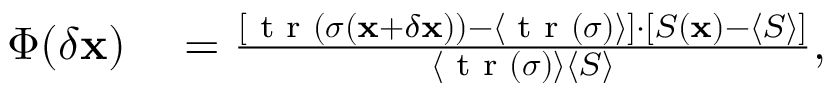
\begin{array} { r l } { \Phi ( \delta \mathbf { x } ) } & { { } = \frac { [ \textrm { t r } ( { \boldsymbol \sigma } ( \mathbf { x } + \delta \mathbf { x } ) ) - \langle \textrm { t r } ( { \boldsymbol \sigma } ) \rangle ] \cdot [ S ( \mathbf { x } ) - \langle S \rangle ] } { \langle \textrm { t r } ( { \boldsymbol \sigma } ) \rangle \langle S \rangle } , } \end{array}